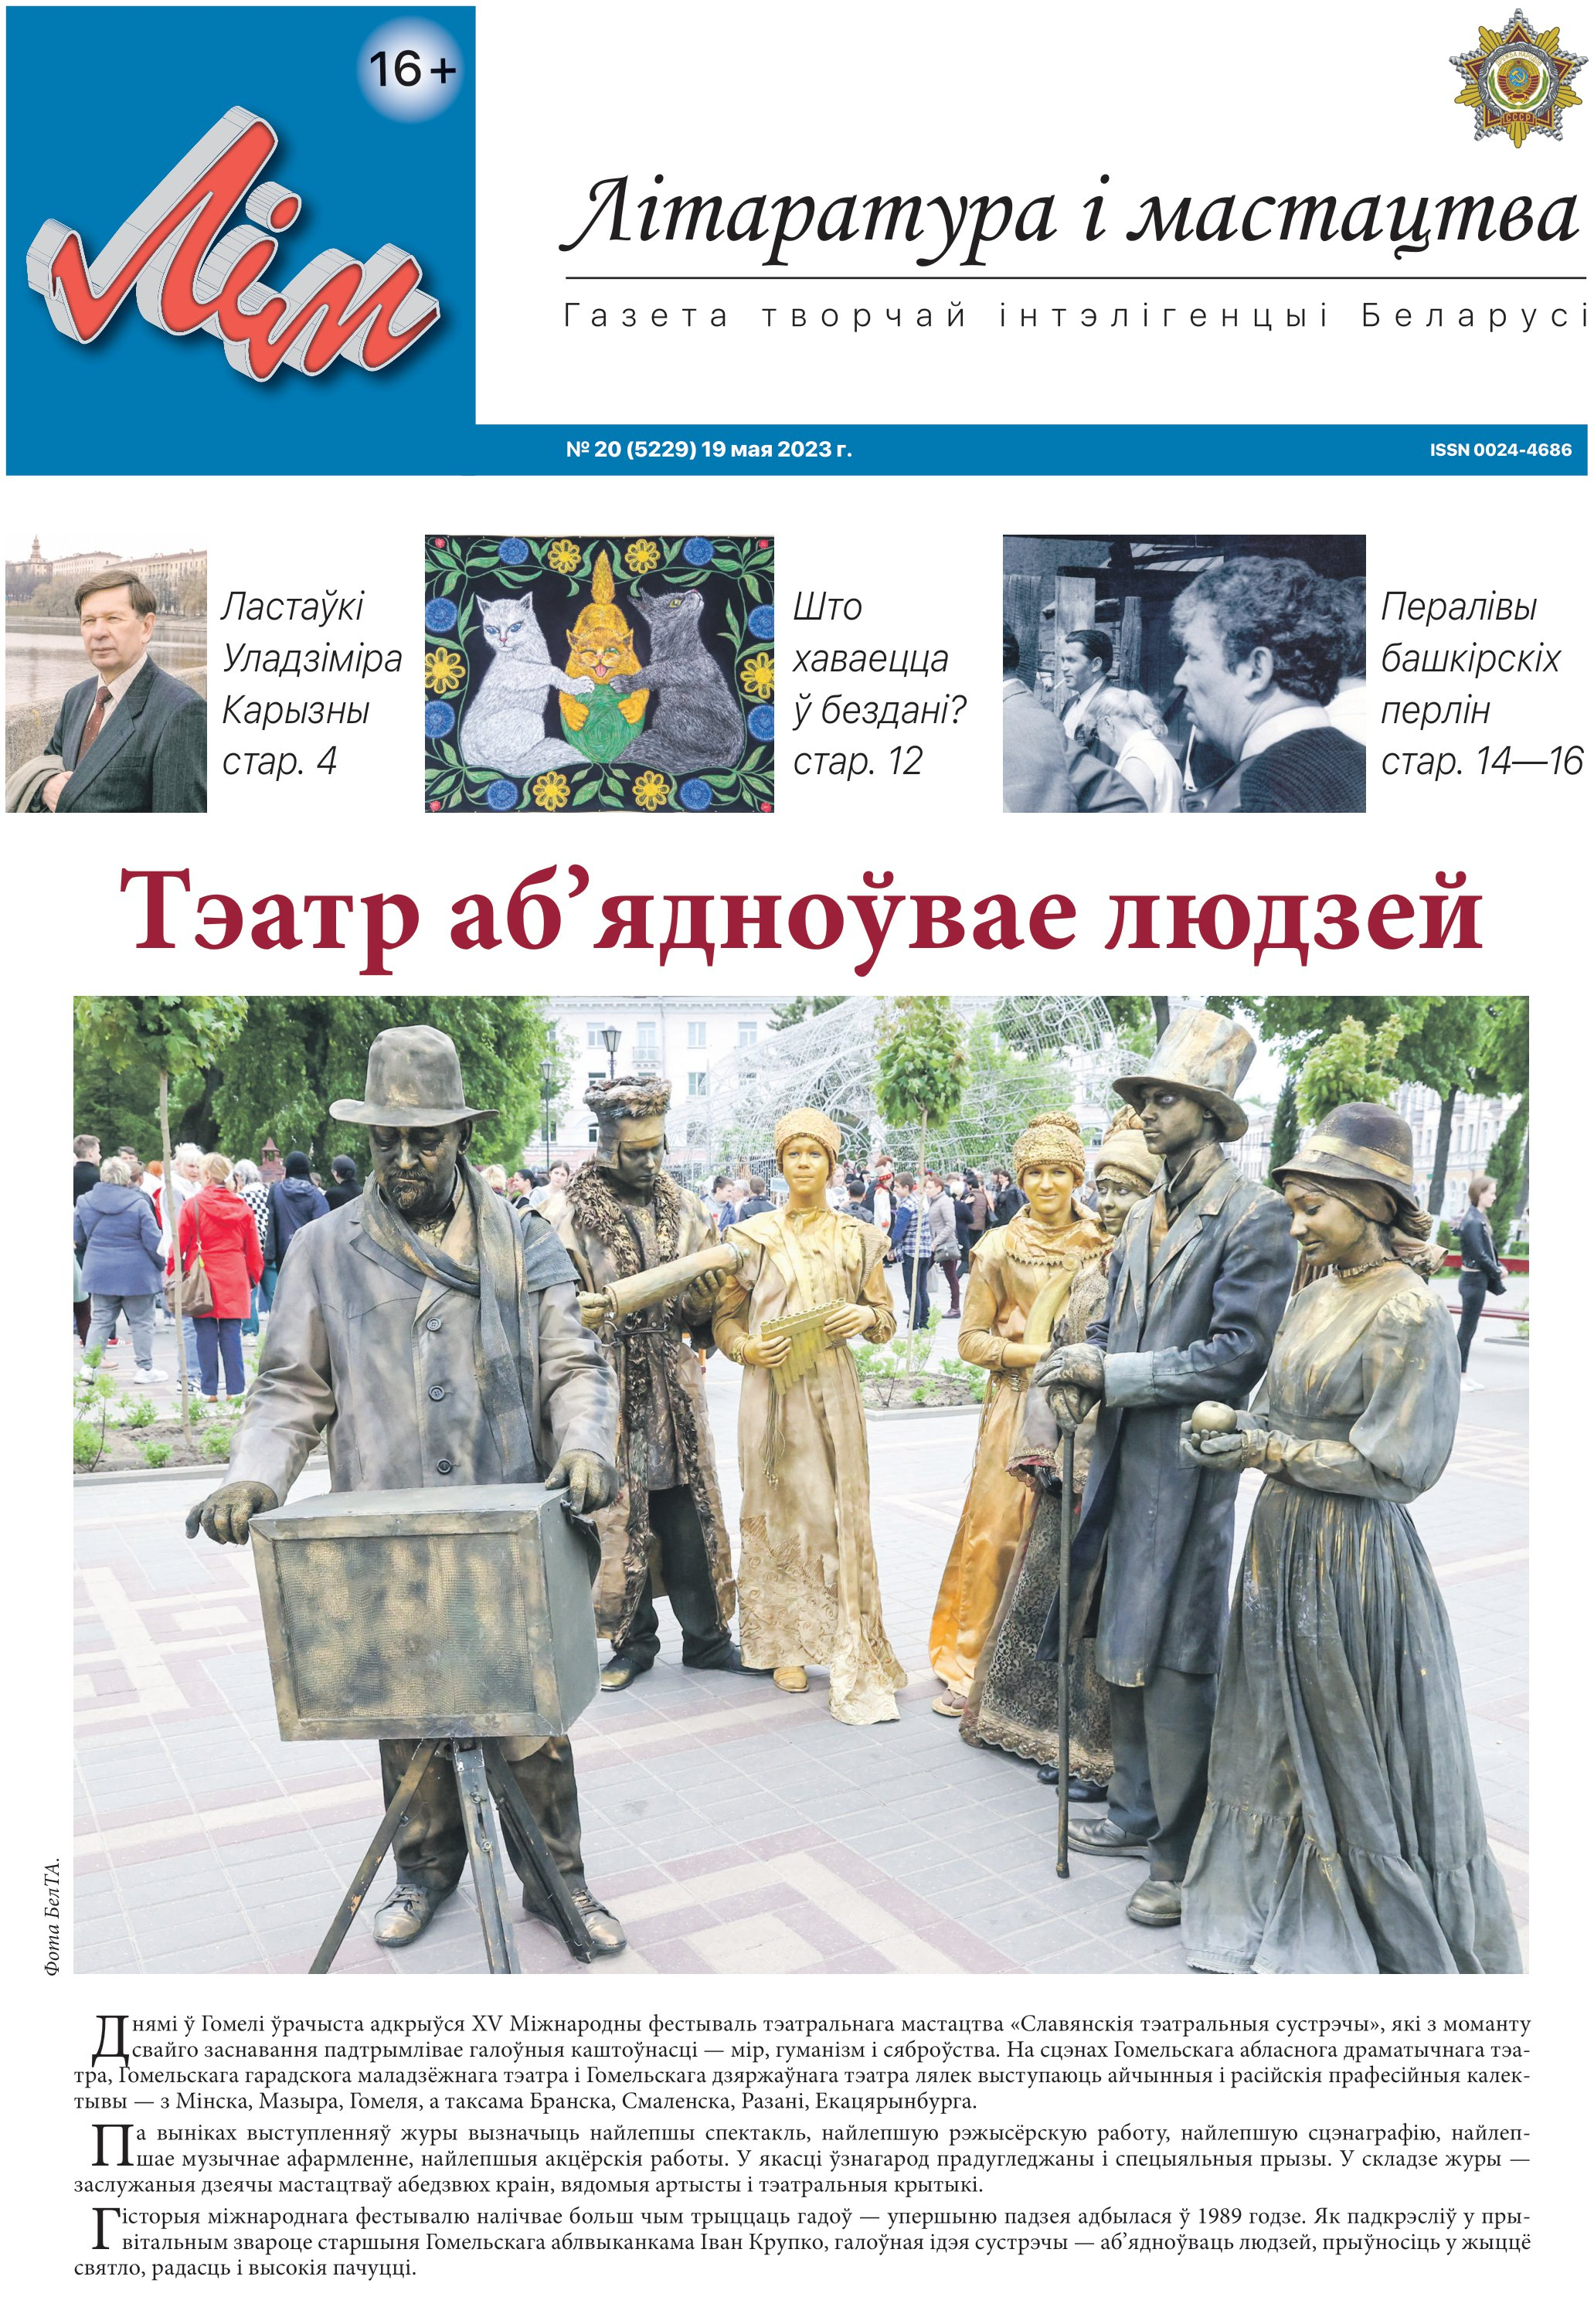
Language: be